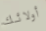
أولائك